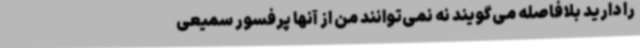
را دارید بلافاصله می‌گویند نه نمی‌توانند من از آنها پرفسور سمیعی